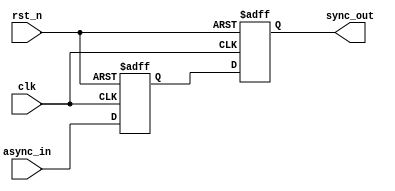
module sync_1ck 
#(parameter WIDTH=1) 
(
   // Inputs
   input clk,                         // Clock synchronizing data to
   input rst_n,       
   input [WIDTH-1:0] async_in,
   // Outputs
   output [WIDTH-1:0] sync_out       // Synchronous data out
);

reg[WIDTH-1:0]         data_q;       // First stage synchronization register
reg[WIDTH-1:0]         data_2q;      // Second stage synchronization register

always @(posedge clk or negedge rst_n) begin
   if (~rst_n) begin
      data_q   <= {WIDTH{1'b0}};
      data_2q  <= {WIDTH{1'b0}};
   end else begin
      data_q   <= async_in;
      data_2q  <= data_q;
   end
end

assign
   sync_out = data_2q;

endmodule